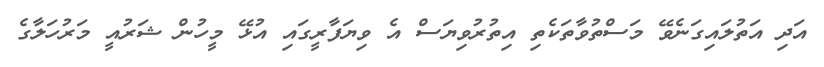
އަދި އަތުލައިގަނެވޭ މަސްތުވާތަކެތި އިތުރުވިޔަސް އެ ވިޔަފާރީގައި އުޅޭ މީހުން ޝަރުއީ މަރުހަލާގެ